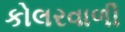
કોલરવાળી